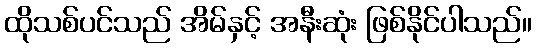
ထိုသစ်ပင်သည် အိမ်နှင့် အနီးဆုံး ဖြစ်နိုင်ပါသည်။